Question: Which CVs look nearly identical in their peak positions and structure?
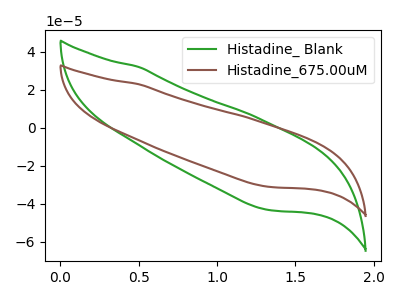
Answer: <think>The green curve "Histadine_ Blank" has no peaks. The brown curve "Histadine_675.00uM" has no peaks.
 Neither "Histadine_ Blank" or "Histadine_675.00uM" have any peaks.</think>
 <answer>"Histadine_675.00uM" and "Histadine_ Blank" have the same shape and are likely CV's of the same chemical.</answer>
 <eval>"Histadine_675.00uM" "Histadine_ Blank"</eval>